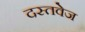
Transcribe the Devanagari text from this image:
दस्तवेज